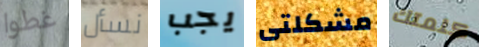
غطوا نسأل يجب مشكلتى كلمتك